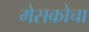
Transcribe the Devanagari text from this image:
मेसकोचा